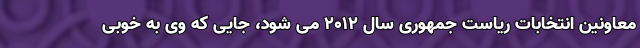
معاونین انتخابات ریاست جمهوری سال 2012 می شود، جایی که وی به خوبی